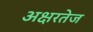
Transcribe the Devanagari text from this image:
अक्षरतेज